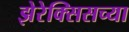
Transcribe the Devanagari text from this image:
झेरेक्सिसच्या